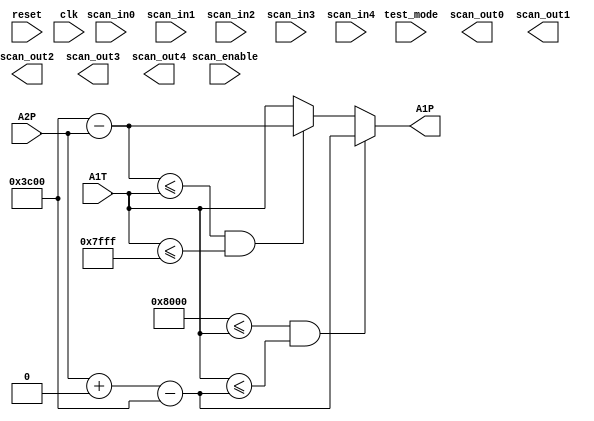
module LIMD (
           reset,
           clk,
           scan_in0,
           scan_in1,
           scan_in2,
           scan_in3,
           scan_in4,
           scan_enable,
           test_mode,
           scan_out0,
           scan_out1,
           scan_out2,
           scan_out3,
           scan_out4,
           A1T,
           A2P,
           A1P
       );

input
    reset,                      // system reset
    clk;                        // system clock

input
    scan_in0,                   // test scan mode data input
    scan_in1,                   // test scan mode data input
    scan_in2,                   // test scan mode data input
    scan_in3,                   // test scan mode data input
    scan_in4,                   // test scan mode data input
    scan_enable,                // test scan mode enable
    test_mode;                  // test mode 

output
    scan_out0,                  // test scan mode data output
    scan_out1,                  // test scan mode data output
    scan_out2,                  // test scan mode data output
    scan_out3,                  // test scan mode data output
    scan_out4;                  // test scan mode data output

input [15:0]
	A1T;

input [15:0]
	A2P;

output reg [15:0]
       A1P;

 reg [15:0] A1UL;
 reg [15:0] A1LL;
 reg [15:0] OME;

always @(A1T,A2P)begin
                OME   = 16'd15360;
                A1UL  = (OME + 65536 - A2P);                    //Sets the lower thresold
                A1LL  = (A2P + 65536 - OME); 
                if ( 32768 <= A1T && A1T <= A1LL) begin       //Compares with the lower thresold and assigns the values
                A1P = A1LL;
                end 
                else if ( A1UL <= A1T && A1T <= 32767) begin       //Compares with the upper thresold and assigns the values
                A1P = A1UL;
                end 
                else begin
                A1P = A1T;
                end
end 
endmodule